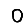
Digit: 0